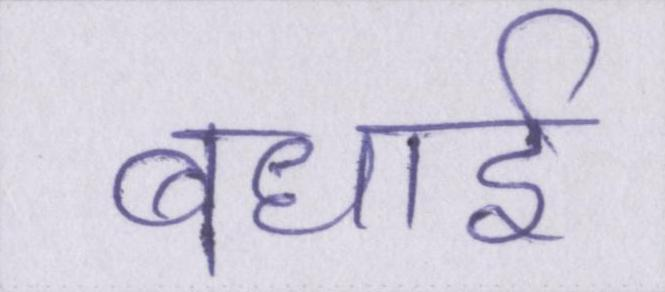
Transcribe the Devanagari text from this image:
बधाई